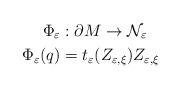
LaTeX: \begin{align*}\Phi_{\varepsilon} & :\partial M\rightarrow\mathcal{N_{\varepsilon}}\\\Phi_{\varepsilon}(q) & =t_{\varepsilon}(Z_{\varepsilon,\xi})Z_{\varepsilon,\xi}\end{align*}